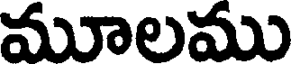
మూలము